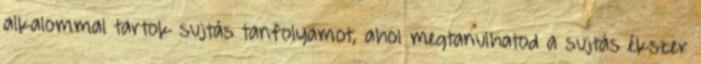
alkalommal tartok sujtás tanfolyamot, ahol megtanulhatod a sujtás ékszer